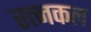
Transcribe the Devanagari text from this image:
रत्नकल